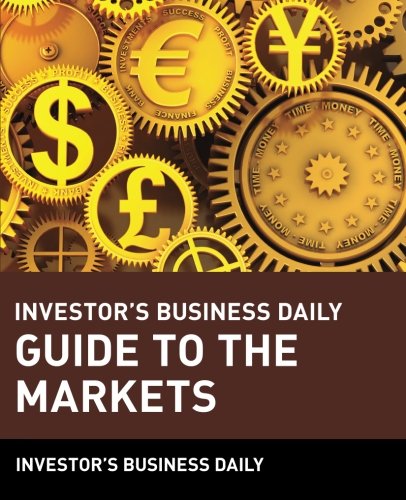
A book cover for Investor's Business Daily Guide to the Markets; Investor's Business Daily; Business & Money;